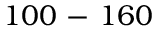
1 0 0 ~ { \- - } ~ 1 6 0